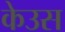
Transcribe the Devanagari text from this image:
केउस